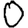
Digit: 0